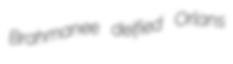
Brahmanee deified Orlans